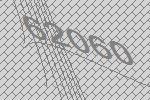
62060